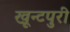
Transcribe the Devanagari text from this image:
खून्टपुरी